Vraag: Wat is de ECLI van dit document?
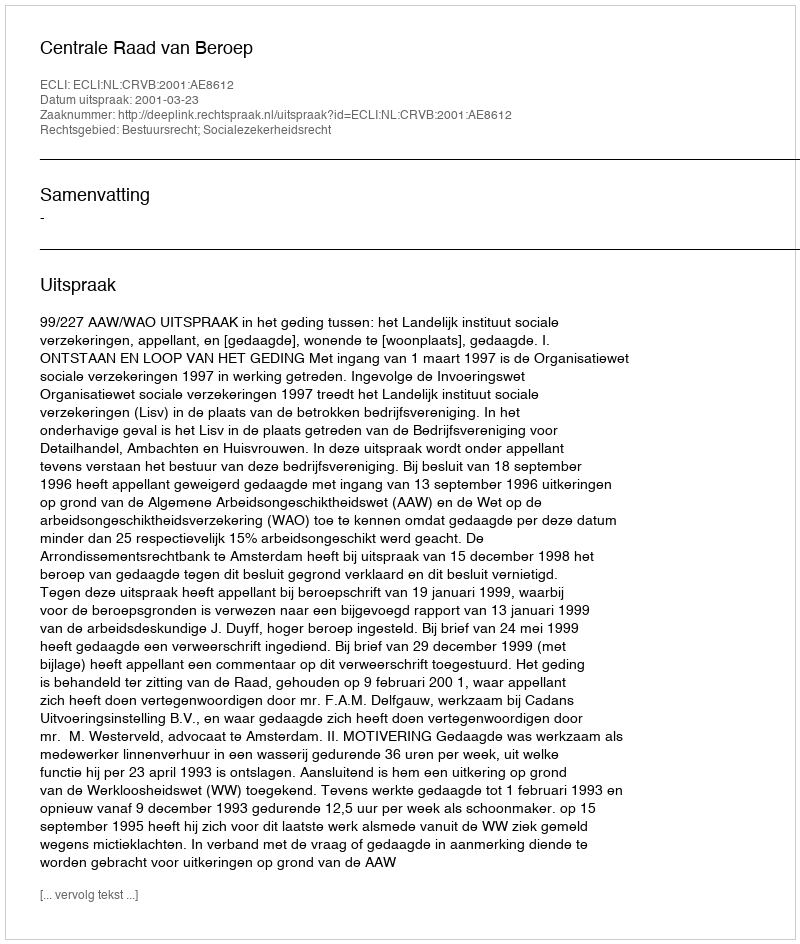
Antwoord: ECLI:NL:CRVB:2001:AE8612